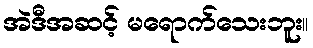
အဲဒီအဆင့် မရောက်သေးဘူး။